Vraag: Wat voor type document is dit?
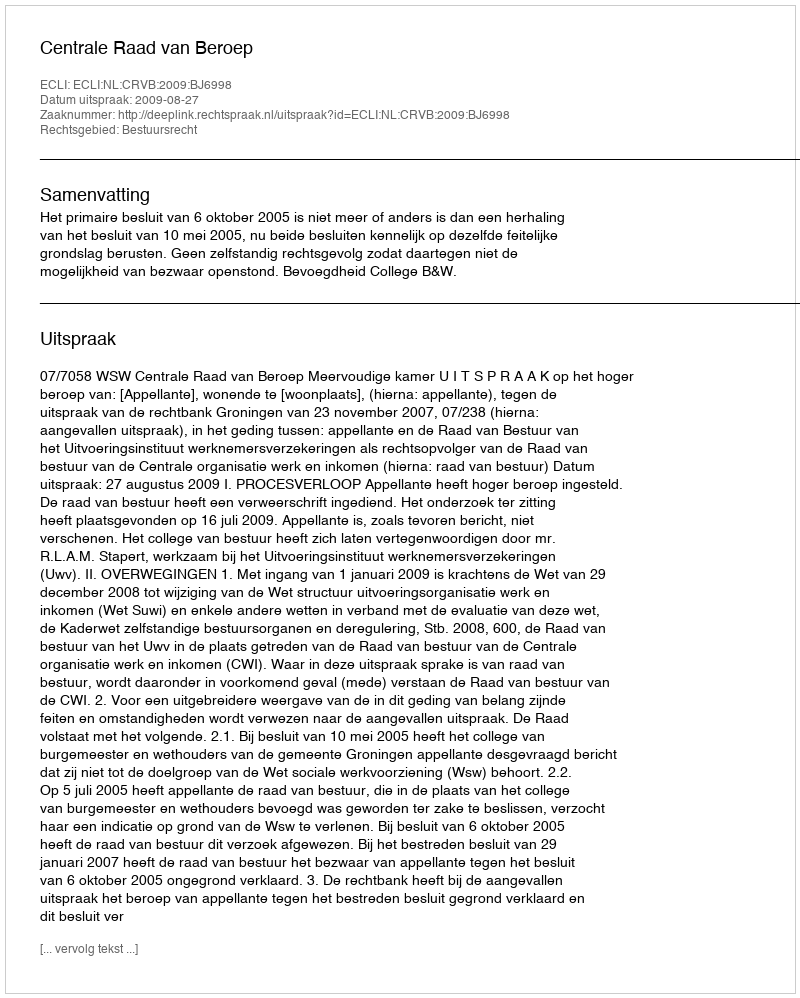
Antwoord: Uitspraak